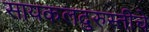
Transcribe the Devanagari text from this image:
सायकलदुरुस्तीचे